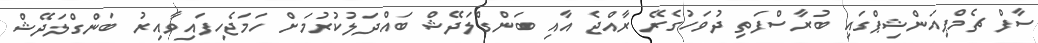
ސާފް ޗެމްޕިއަންޝިޕްގައި ބުރާސްފަތި ދުވަހުގެރޭ ރާއްޖެ އާއި ބަންގްލަދޭޝް ބައްދަލުކުރުމަށް ހަމަޖެހިފައިވާއިރު ބަންގްލަދޭޝް